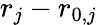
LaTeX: r_{j}-r_{0,j}